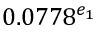
0 . 0 7 7 8 ^ { e _ { 1 } }